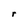
Character: r